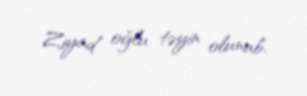
Ziyad oğlu təyin olunub.